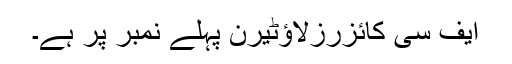
ایف سی کائزرزلاؤٹیرن پہلے نمبر پر ہے۔